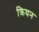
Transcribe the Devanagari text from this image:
क्रियन